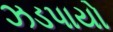
ઝડપાયો